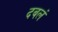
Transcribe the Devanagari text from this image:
दबलं